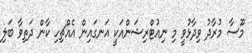
މޫސާ މުރާދު ވިދާޅުވީ މި ނިއުޓްރިޝަންއަކީ އަނގައިން އެއްޗިހި ކާން ދަތިވާ ބަލި